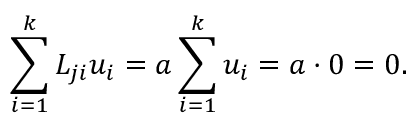
\sum _ { i = 1 } ^ { k } { \cal L } _ { j i } u _ { i } = a \sum _ { i = 1 } ^ { k } u _ { i } = a \cdot 0 = 0 .